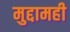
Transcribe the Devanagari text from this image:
मुद्दामही